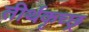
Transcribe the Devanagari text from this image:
तीर्थकृच्छ्र